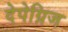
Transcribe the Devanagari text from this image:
देपेग्निज